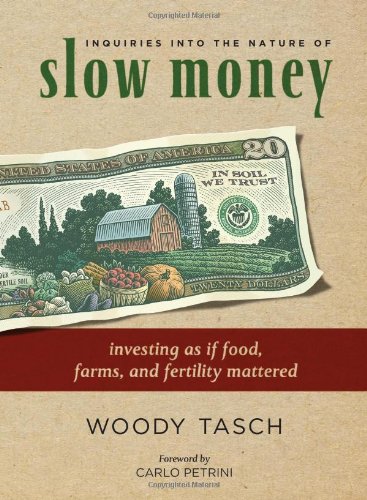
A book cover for Inquiries into the Nature of Slow Money: Investing as if Food, Farms, and Fertility Mattered; Woody Tasch; Science & Math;